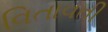
વિતાવતી